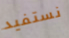
نستفيد